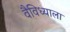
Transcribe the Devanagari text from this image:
वैविध्याला